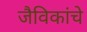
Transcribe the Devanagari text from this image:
जैविकांचे